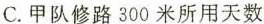
C.甲队修路300米所用天数